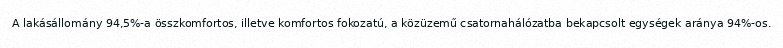
A lakásállomány 94,5%-a összkomfortos, illetve komfortos fokozatú, a közüzemű csatornahálózatba bekapcsolt egységek aránya 94%-os.